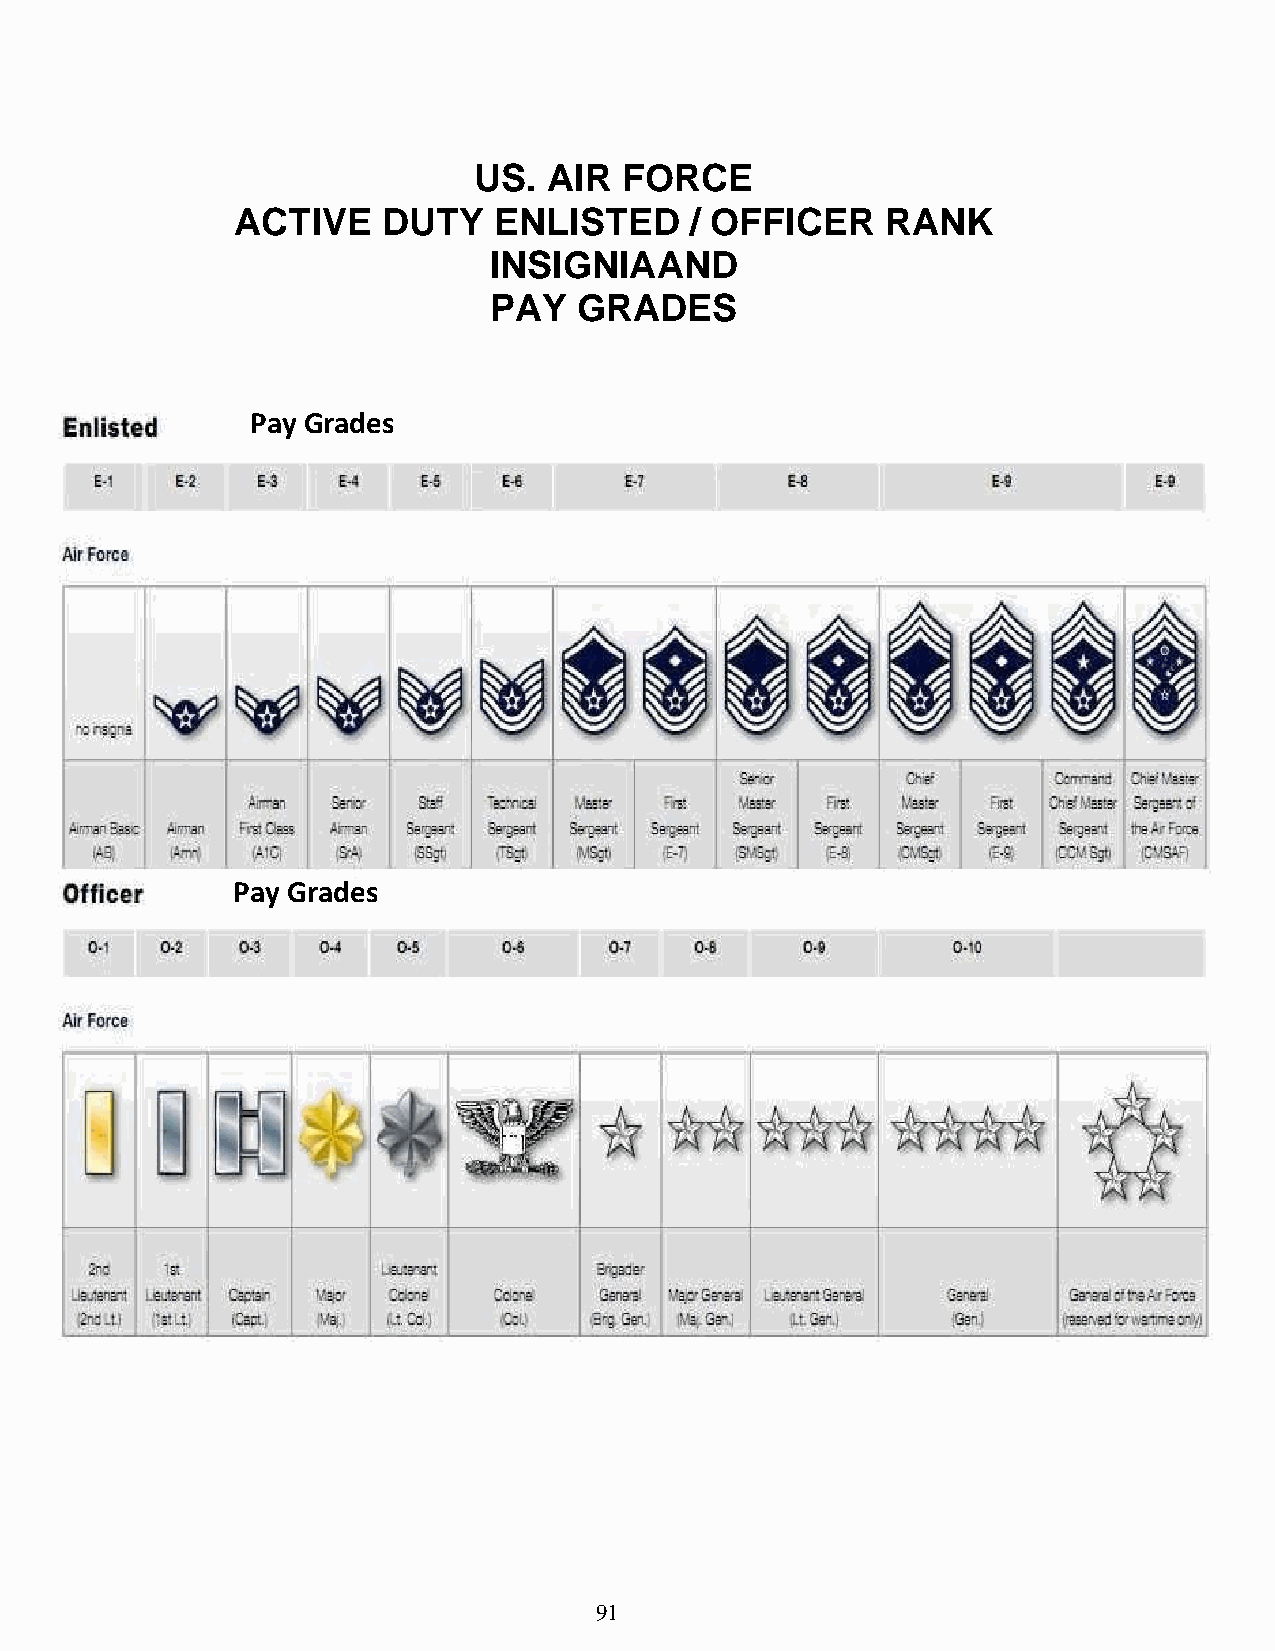
US.  AIR  FORCE
 ACTIVE   DUTY    ENLISTED     / OFFICER    RANK
 INSIGNIA   AND
 PAY   GRADES
 Pay Grades
 Pay Grades
 91